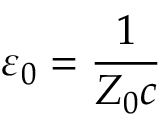
\varepsilon _ { 0 } = { \frac { 1 } { Z _ { 0 } c } }